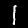
Digit: 1